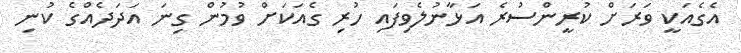
އެގެއަކީ ވަރަށް ކުރީންސުރެ އަޅާނުލެވިފައި ހުރި ގެއަކަށް ވުމުން ގިނަ އަދަދެއްގެ ކުނި